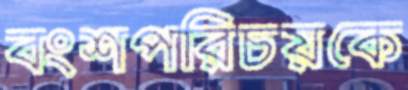
বংশপরিচয়কে